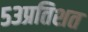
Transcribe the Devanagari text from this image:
५३प्रतिशत